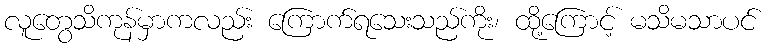
လူတွေသိကုန်မှာကလည်း ကြောက်ရသေးသည်ကိုး၊ ထို့ကြောင့် မသိမသာပင်